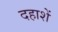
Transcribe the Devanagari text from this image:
दहाशें